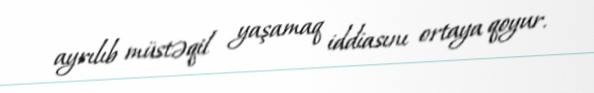
ayrılıb müstəqil yaşamaq iddiasını ortaya qoyur.